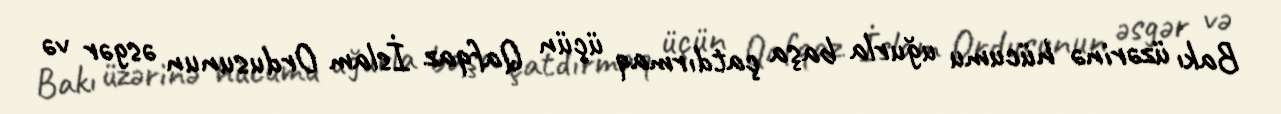
Bakı üzərinə hücumu uğurla başa çatdırmaq üçün Qafqaz İslam Ordusunun əsgər və